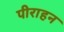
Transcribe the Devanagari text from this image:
पीराहन